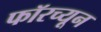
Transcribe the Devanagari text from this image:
फॉरच्यून